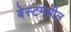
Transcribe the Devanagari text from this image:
बेस्टमधील